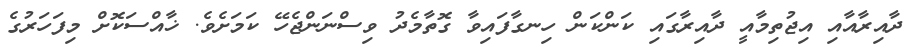
ދާއިރާއާއި އިޖުތިމާއީ ދާއިރާގައި ކަންކަން ހިނގާފައިވާ ގޮތާމެދު ވިސްނަންޖެހޭ ކަމަށެވެ. ޚާއްސަކޮށް މިފަހަރުގެ